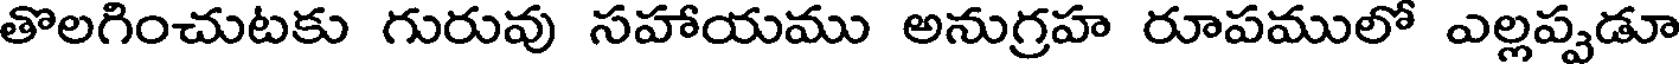
తొలగించుటకు గురువు సహాయము అనుగ్రహ రూపములో ఎల్లప్పడూ